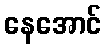
နေအောင်